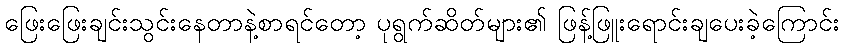
ဖြေးဖြေးချင်းသွင်းနေတာနဲ့စာရင်တော့ ပုရွက်ဆိတ်များ၏ ဖြန့်ဖြူးရောင်းချပေးခဲ့ကြောင်း